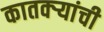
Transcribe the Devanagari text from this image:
कातक्र्‍यांची